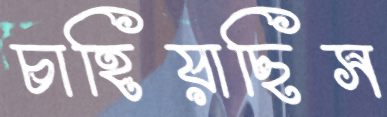
চাহিয়াছিস